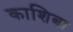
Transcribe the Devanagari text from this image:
काशिबा